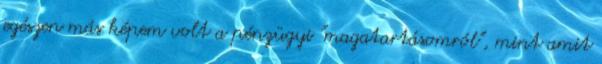
egészen más képem volt a pénzügyi "magatartásomról", mint amit